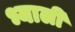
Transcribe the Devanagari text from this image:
भ्याली